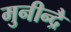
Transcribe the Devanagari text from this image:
मुनीन्द्रै